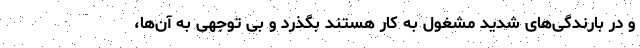
و در بارندگی‌های شدید مشغول به کار هستند بگذرد و بی توجهی به آن‌ها،